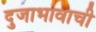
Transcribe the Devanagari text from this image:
दुजाभावाची